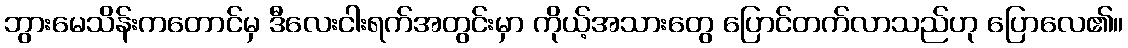
ဘွားမေသိန်းကတောင်မှ ဒီလေးငါးရက်အတွင်းမှာ ကိုယ့်အသားတွေ ပြောင်တက်လာသည်ဟု ပြောလေ၏။